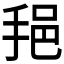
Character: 𫼷